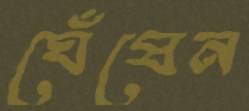
ঘেঁষেন